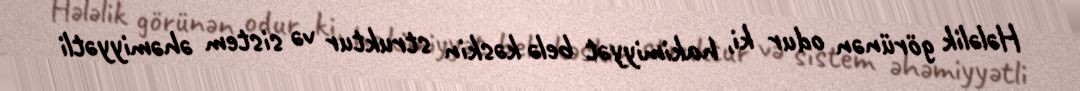
Hələlik görünən odur ki, hakimiyyət belə kəskin struktur və sistem əhəmiyyətli